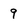
Character: 9